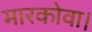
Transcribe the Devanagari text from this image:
मारकोवा।